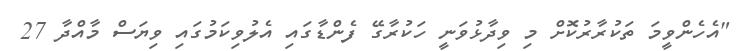
"އެހެންވީމަ ތަކުރާރުކޮށް މި ވިދާޅުވަނީ ހަކުރާގޭ ފެންޑާގައި އެލުވިކަމުގައި ވިޔަސް މާއްދާ 27